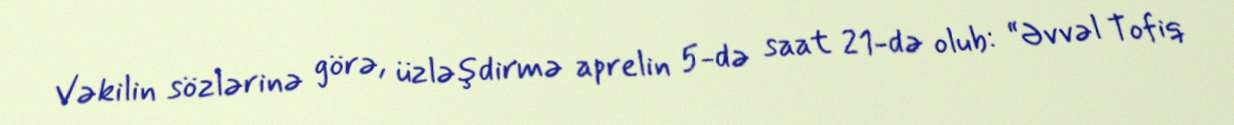
Vəkilin sözlərinə görə, üzləşdirmə aprelin 5-də saat 21-də olub: “Əvvəl Tofiq